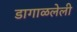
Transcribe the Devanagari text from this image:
डागाळलेली